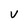
Character: V